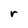
Character: r